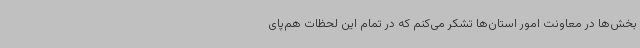
بخش‌ها در معاونت امور استان‌ها تشکر می‌کنم که در تمام این لحظات هم‌پای